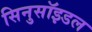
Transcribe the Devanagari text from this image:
सिनुसॉइडल